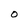
Character: O